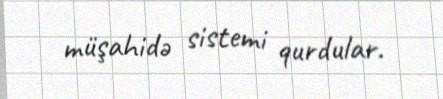
müşahidə sistemi qurdular.